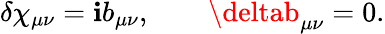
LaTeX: \delta\chi_{\mu\nu}=\mathbf{i}b_{\mu\nu},\qquad\deltab_{\mu\nu}=0.